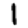
Digit: 1